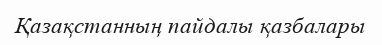
Қазақстанның пайдалы қазбалары